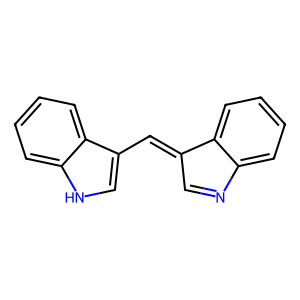
SMILES: C1=Nc2ccccc2C1=Cc1c[nH]c2ccccc12
Inhibits HIV replication: No